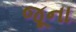
જૂના